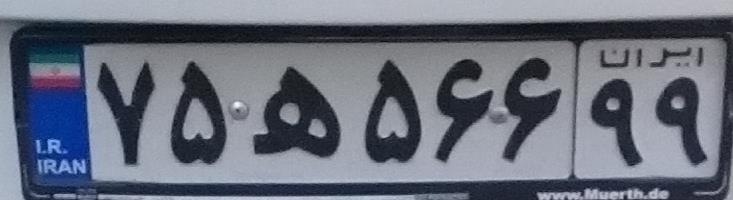
۷۵ه۵۶۶۹۹